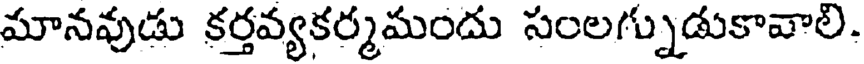
మానవుడు కర్తవ్యకర్మమందు సంలగ్నుడుకావాలి.